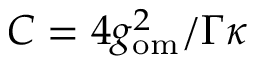
C = 4 g _ { \mathrm { o m } } ^ { 2 } / \Gamma \kappa